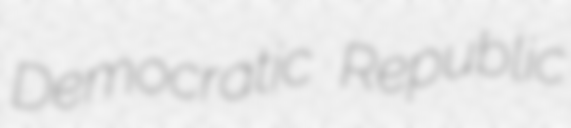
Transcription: Democratic Republic